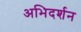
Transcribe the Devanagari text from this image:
अभिदर्शन